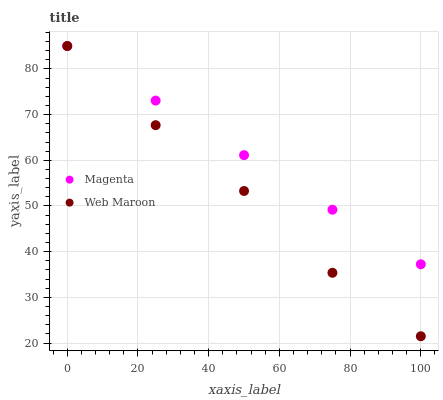
| xaxis_label | Magenta | Web Maroon |
 | --- | --- | --- |
 | 0 | 85 | 85 |
 | 25 | 73.1 | 67.7 |
 | 50 | 61.1 | 53.3 |
 | 75 | 49.2 | 35.4 |
 | 100 | 37.3 | 21.5 |